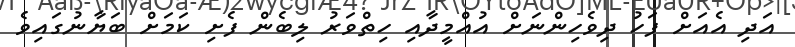
އަދި އެއަށް ފަހު ދިވެހިންނަށް އުއްމީދާއި ހިތްވަރު ލިބެން ފެށި ކަމަށް ބަޔާނުގައިވެ